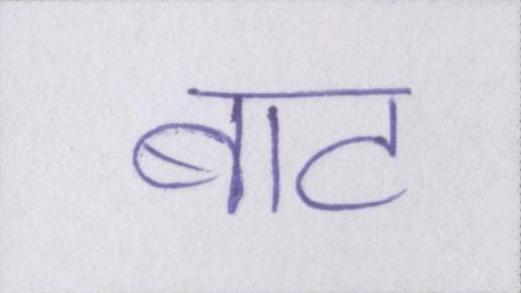
बाट